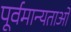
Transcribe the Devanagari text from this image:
पूर्वमान्यताओं